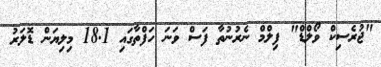
"ޖުރެސިކް ވޯލްޑް" ފިލްމް ނެރުނުތާ ފަސް ވަނަ ހަފްތާގައި 18.1 މިލިޔަން ޑޮލަރު